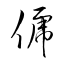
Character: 俿